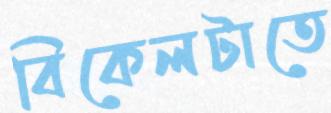
বিকেলটাতে